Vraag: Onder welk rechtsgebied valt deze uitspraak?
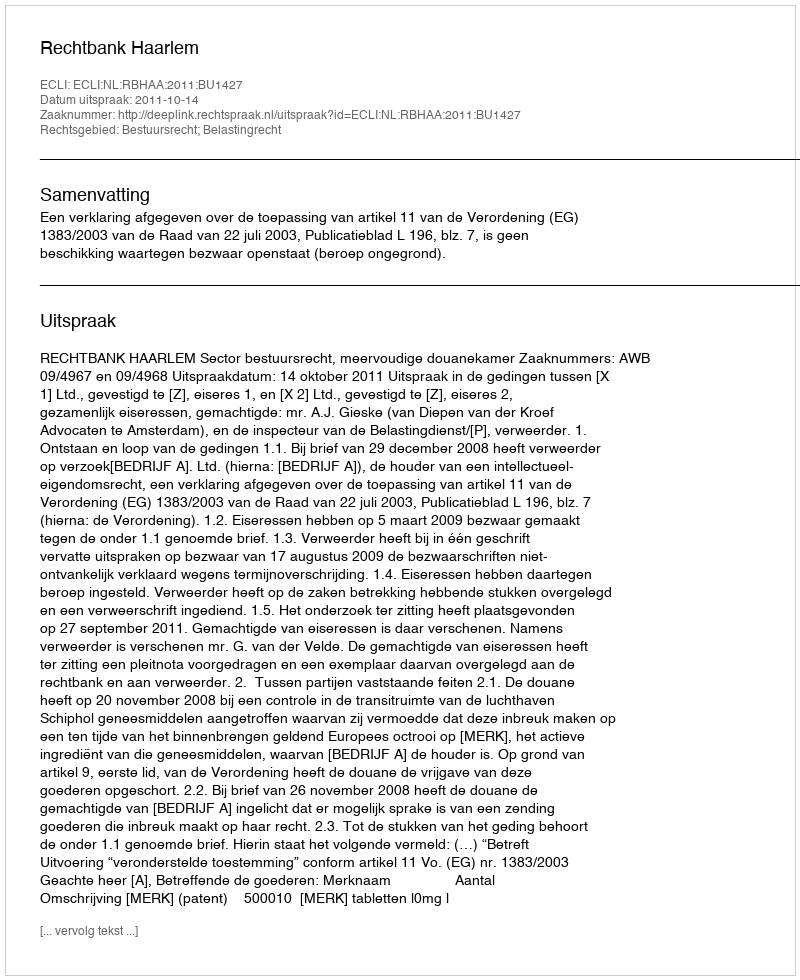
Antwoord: Bestuursrecht; Belastingrecht